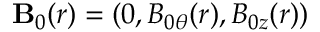
\mathbf { B } _ { 0 } ( r ) = ( 0 , B _ { 0 \theta } ( r ) , B _ { 0 z } ( r ) )